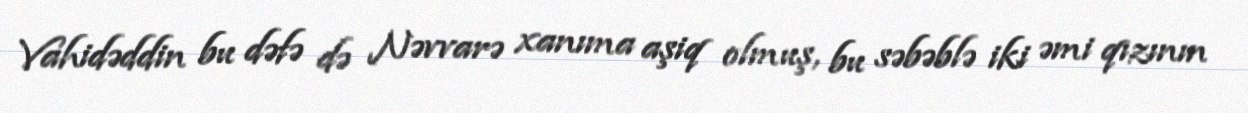
Vahidəddin bu dəfə də Nəvvarə xanıma aşiq olmuş, bu səbəblə iki əmi qızının